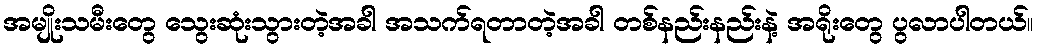
အမျိုးသမီးတွေ သွေးဆုံးသွားတဲ့အခါ အသက်ရတာတဲ့အခါ တစ်နည်းနည်းနဲ့ အရိုးတွေ ပွလာပါတယ်။